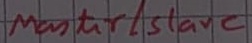
Text: Master/Slave